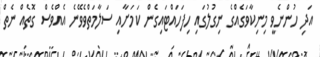
އަދި ހުންނެވީ މިނިކާވަގެއްގެ ނިގުލުގައި ހިފަހައްޓައިގެން ކަމަށާއި ސަލާމަތްވެވޭނެ އެއްވެސް ގޮތެއް ނެތް